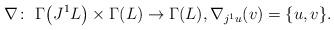
LaTeX: \begin{align*} \nabla\colon \ \Gamma\big(J^1L\big)\times\Gamma(L)\to\Gamma(L),\nabla_{j^1u}(v)= \{u,v\}.\end{align*}